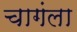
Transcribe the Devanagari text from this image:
चागंला